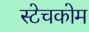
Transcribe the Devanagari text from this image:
स्टेचकोम